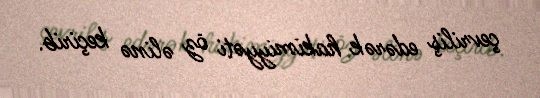
çevriliş edərək hakimiyyəti öz əlinə keçirib.